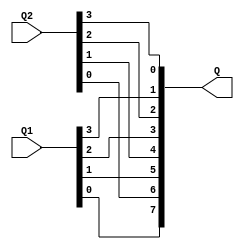
module Cross(Q1,Q2,Q);

input [3:0] Q1;
input [3:0] Q2;
output [7:0] Q;

assign Q[7]=Q1[0];
assign Q[6]=Q2[0];
assign Q[5]=Q1[1];
assign Q[4]=Q2[1];
assign Q[3]=Q1[2];
assign Q[2]=Q2[2];
assign Q[1]=Q1[3];
assign Q[0]=Q2[3];

endmodule